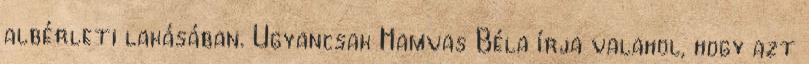
albérleti lakásában. Ugyancsak Hamvas Béla írja valahol, hogy azt